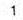
1